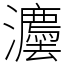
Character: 灋